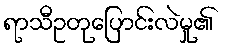
ရာသီဥတုပြောင်းလဲမှု၏